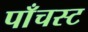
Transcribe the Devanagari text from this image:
पाँचस्ट